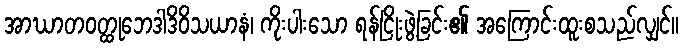
အာဃာတဝတ္ထုဘေဒါဒိဝိသယာနံ၊ ကိုးပါးသော ရန်ငြိုးဖွဲ့ခြင်း၏ အကြောင်းထူးစသည်လျှင်။